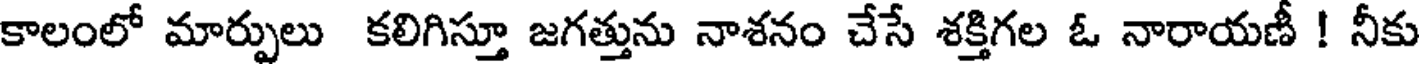
కాలంలో మార్పులు కలిగిస్తూ జగత్తును నాశనం చేసే శక్తిగల ఓ నారాయణీ ! నీకు